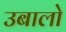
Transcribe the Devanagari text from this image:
उबालो